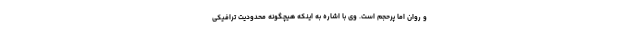
و روان اما پرحجم است. وی با اشاره به اینکه هیچگونه محدودیت ترافیکی